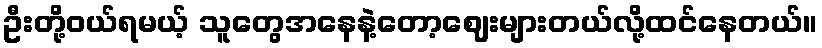
ဦးတို့ဝယ်ရမယ့် သူတွေအနေနဲ့တော့ဈေးများတယ်လို့ထင်နေတယ်။